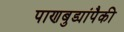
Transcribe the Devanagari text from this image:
पाणबुड्यांपैकी